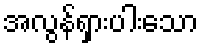
အလွန်ရှားပါးသော